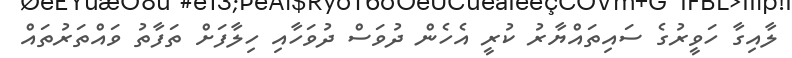
ލާއިގާ ހަވީރުގެ ސައިތައްޔާރު ކުރީ އެހެން ދުވަސް ދުވަހާއި ހިލާފަށް ތަފާތު ވައްތަރުތައް